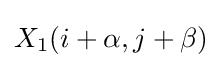
X_{1}(i+\alpha ,j+\beta )